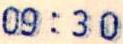
09:30